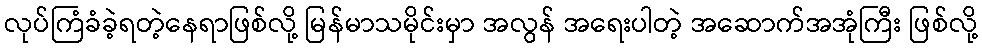
လုပ်ကြံခံခဲ့ရတဲ့နေရာဖြစ်လို့ မြန်မာသမိုင်းမှာ အလွန် အရေးပါတဲ့ အဆောက်အအုံကြီး ဖြစ်လို့